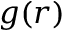
g ( r )